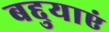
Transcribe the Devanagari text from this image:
बद्दुयाएं